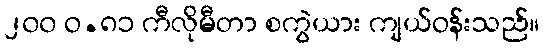
၂၀၀ ဝ.၈၁ ကီလိုမီတာ စကွဲယား ကျယ်ဝန်းသည်။